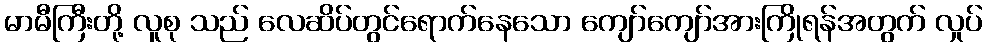
မာမီကြီးတို့ လူစု သည် လေဆိပ်တွင်ရောက်နေသော ကျော်ကျော်အားကြိုရန်အတွက် လှုပ်